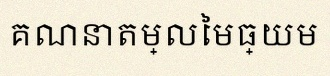
គណនាតម្លៃមធ្យម